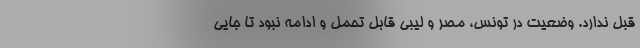
قبل ندارد. وضعیت در تونس، مصر و لیبی قابل تحمل و ادامه نبود تا جایی